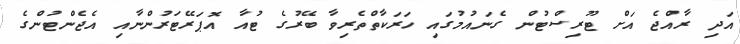
އަދި ރާއްޖެ އަށް ޓޫރިސްޓުން ގެނައުމުގައި ހަރަކާތްތެރިވާ ބޭރުގެ ޓުއާ އޮޕަރޭޓަރުންނާއި އެޖެންޓުންގެ